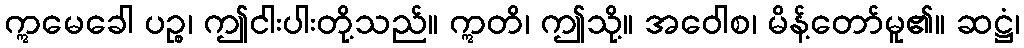
ဣမေခေါ ပဉ္စ၊ ဤငါးပါးတို့သည်။ ဣတိ၊ ဤသို့။ အဝေါစ၊ မိန့်တော်မူ၏။ ဆဋ္ဌံ၊